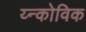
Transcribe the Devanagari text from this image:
य्न्कोविक